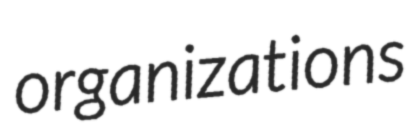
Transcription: organizations